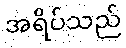
အရိပ်သည်